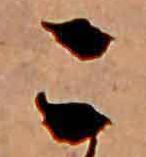
こ